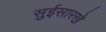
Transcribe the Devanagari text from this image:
सुईसारखे